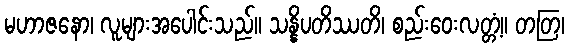
မဟာဇနော၊ လူများအပေါင်းသည်။ သန္နိပတိဿတိ၊ စည်းဝေးလတ္တံ့။ တတြ၊